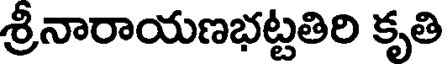
శ్రీనారాయణభట్టతిరి కృతి